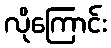
လိုကြောင်း